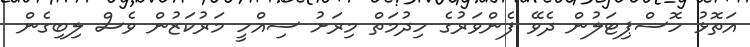
އަތޮޅު ހޮސްޕިޓަލުން ދެވޭ ފެންވަރުގެ ހިދުމަތް މިރަށު ސިއްހީ މަރުކަޒުން ވެސް ލިބިގެން